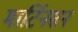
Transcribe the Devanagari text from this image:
मार्टिनसन